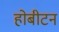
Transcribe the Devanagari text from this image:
होबीटन